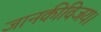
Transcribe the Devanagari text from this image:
जानकीविजय।